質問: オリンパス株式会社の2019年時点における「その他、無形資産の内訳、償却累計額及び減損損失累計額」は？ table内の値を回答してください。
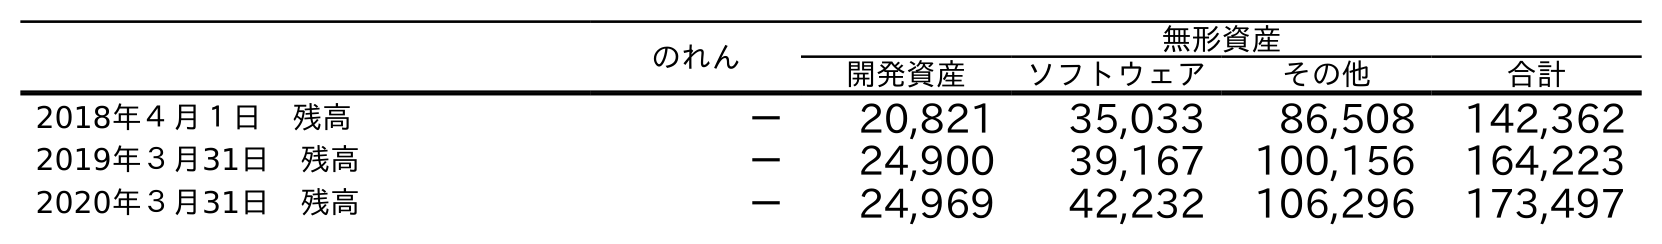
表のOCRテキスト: のれん 無形資産 開発資産 ソフトウェア その他 合計 2018年４月１日 残高 － 20,821 35,033 86,508 142,362 2019年３月31日 残高 － 24,900 39,167 100,156 164,223 2020年３月31日 残高 － 24,969 42,232 106,296 173,497
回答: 100,156